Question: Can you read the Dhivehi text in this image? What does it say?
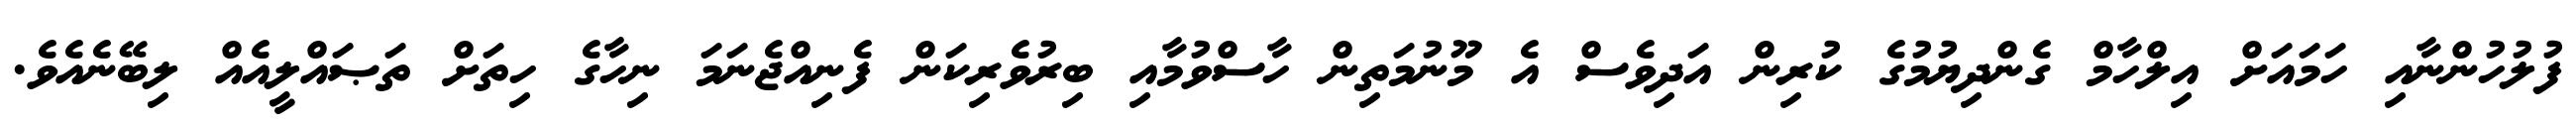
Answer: ފުލުހުންނާއި ހަމައަށް އިލްހާމް ގެންދިޔުމުގެ ކުރިން އަދިވެސް އެ މޫނުމަތިން ހާސްވުމާއި ބިރުވެރިކަން ފެނިއްޖެނަމަ ނިހާގެ ހިތަށް ތަޞައްލީއެއް ލިބޭނެއެވެ.